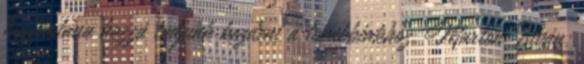
hogy utána hozzá tudjunk kezdeni a továbbiakhoz. Marton István: